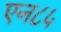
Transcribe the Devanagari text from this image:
एन८५